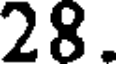
28.